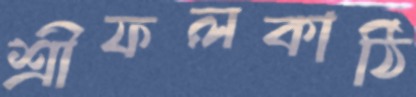
শ্রীফলকাঠি